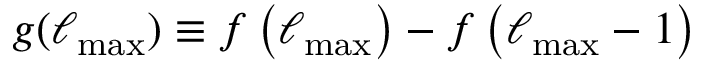
g ( \ell _ { \mathrm { m a x } } ) \equiv f \left( \ell _ { \mathrm { m a x } } \right) - f \left( \ell _ { \mathrm { m a x } } - 1 \right)